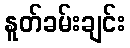
နူတ်ခမ်းချင်း